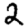
Digit: 2